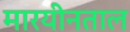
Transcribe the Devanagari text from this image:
मारयीनताल